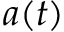
a ( t )